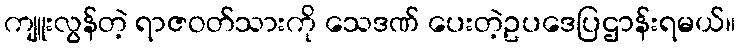
ကျူးလွန်တဲ့ ရာဇဝတ်သားကို သေဒဏ် ပေးတဲ့ဥပဒေပြဌာန်းရမယ်။